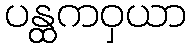
ပန္ထကဝှယာ